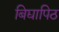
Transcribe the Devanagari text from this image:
बिद्यापिठ